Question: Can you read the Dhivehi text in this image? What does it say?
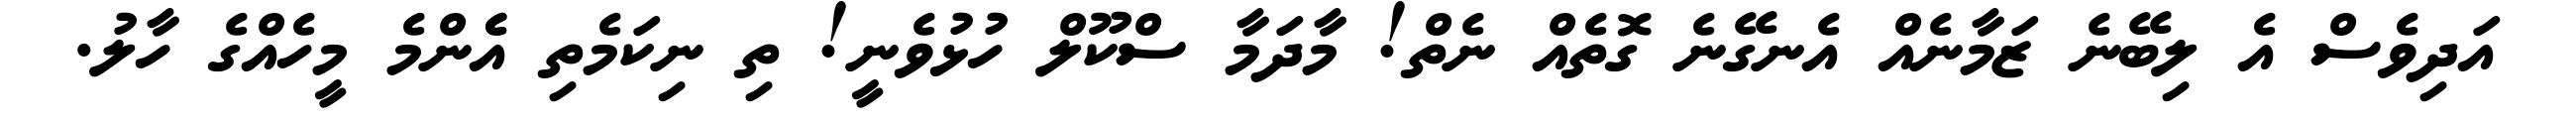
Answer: އަދިވެސް އެ ލިބޭނެ ޒަމާނެއް އެނގޭނެ ގޮތެއް ނެތް! މާދަމާ ސްކޫލް ހުޅުވެނީ! ތި ނިކަމެތި އެެންމެ މީހެއްގެ ހާލު.